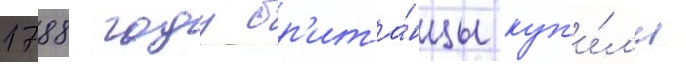
1788 году бр'ита́нцы куп'и́л'и